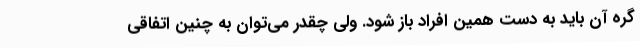
گره آن باید به دست همین افراد باز شود. ولی چقدر می‌توان به چنین اتفاقی